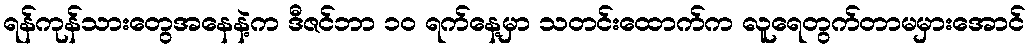
ရန်ကုန်သားတွေအနေနဲ့က ဒီဇင်ဘာ ၁၀ ရက်နေ့မှာ သတင်းထောက်က လူရေတွက်တာမမှားအောင်